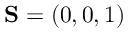
{ \bf S } = ( 0 , 0 , 1 )